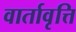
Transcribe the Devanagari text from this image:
वार्तावृत्ति